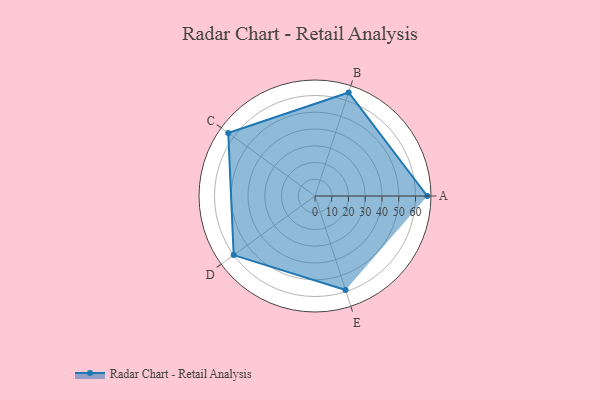
{"axis": {"x": "Skill", "y": "Score"}, "legend": ["Profile"], "data": [{"x": "A", "y": 67.0, "type": "Profile"}, {"x": "B", "y": 65.0, "type": "Profile"}, {"x": "C", "y": 64.0, "type": "Profile"}, {"x": "D", "y": 60.0, "type": "Profile"}, {"x": "E", "y": 59.0, "type": "Profile"}]}